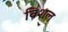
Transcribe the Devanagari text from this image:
विशल